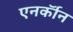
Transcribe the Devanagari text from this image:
एनर्कॉन